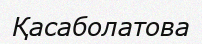
Қасаболатова